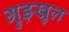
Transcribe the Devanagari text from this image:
गुड़खुल